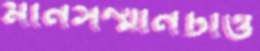
মানসম্মানটাও